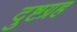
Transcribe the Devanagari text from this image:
दुष्टग्रह